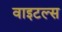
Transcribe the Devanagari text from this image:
वाइटल्स